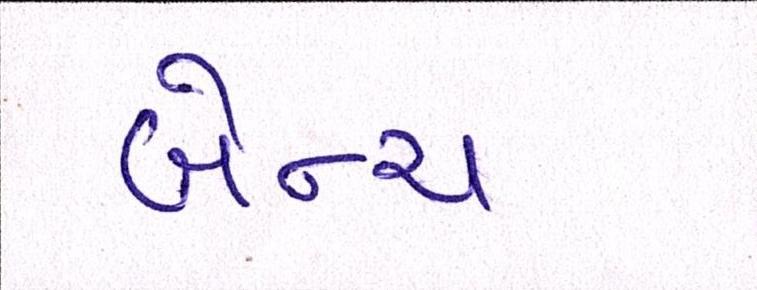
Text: બેન્ચ